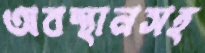
অবস্থানসহ